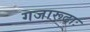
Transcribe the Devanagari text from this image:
गजारूढाः